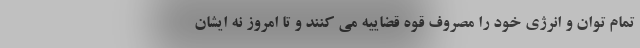
تمام توان و انرژی خود را مصروف قوه قضاییه می کنند و تا امروز نه ایشان